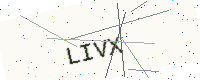
Text: LIVX